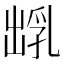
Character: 𪞺